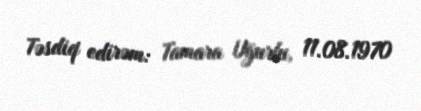
Təsdiq edirəm: Tamara Uğurlu, 11.08.1970